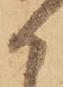
か